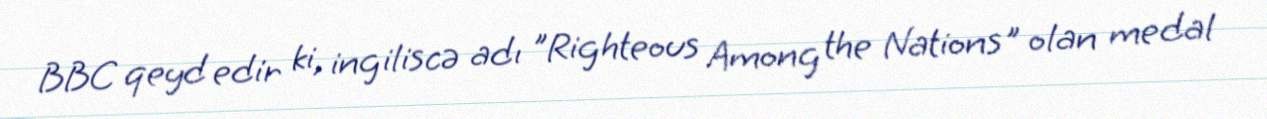
BBC qeyd edir ki, ingiliscə adı "Righteous Among the Nations" olan medal